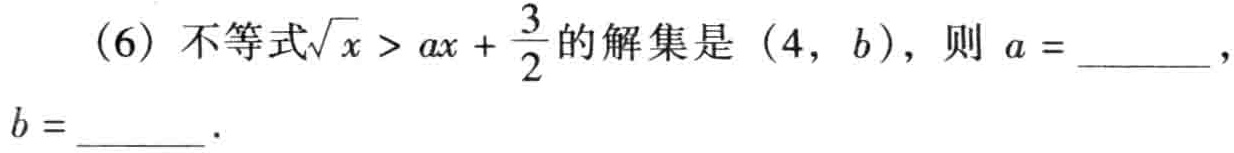
(6) 不等式\(\sqrt{x}>ax + \frac{3}{2}\)的解集是\((4, b)\)，则\(a =\)______，\(b =\)______．